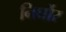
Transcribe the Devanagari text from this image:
निर्घोर